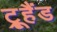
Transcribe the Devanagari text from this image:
ट्रूहैंड